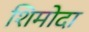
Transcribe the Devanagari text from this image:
शिमोदा